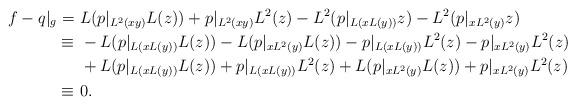
LaTeX: \begin{align*}f - q|_g =&\ L(p|_{L^2(xy)} L(z)) + p|_{L^2(xy)} L^2(z) - L^2(p|_{L(xL(y))} z) - L^2(p|_{xL^2(y)} z)\\\equiv&\ -L(p|_{L(xL(y))} L(z)) -L(p|_{xL^2(y)} L(z)) - p|_{L(xL(y))} L^2(z) - p|_{xL^2(y)} L^2(z)\\&\ + L(p|_{L(xL(y))} L(z)) + p|_{L(xL(y))} L^2(z) + L(p|_{xL^2(y)} L(z)) + p|_{xL^2(y)} L^2(z)\\\equiv&\ 0.\end{align*}